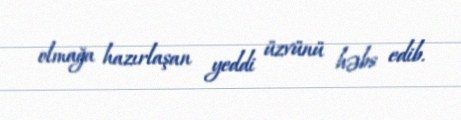
olmağa hazırlaşan yeddi üzvünü həbs edib.